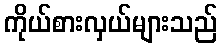
ကိုယ်စားလှယ်များသည်